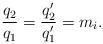
LaTeX: \begin{align*}\frac{q_2}{q_1}=\frac{q_2'}{q_1'}=m_i.\end{align*}